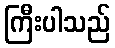
ကြီးပါသည်